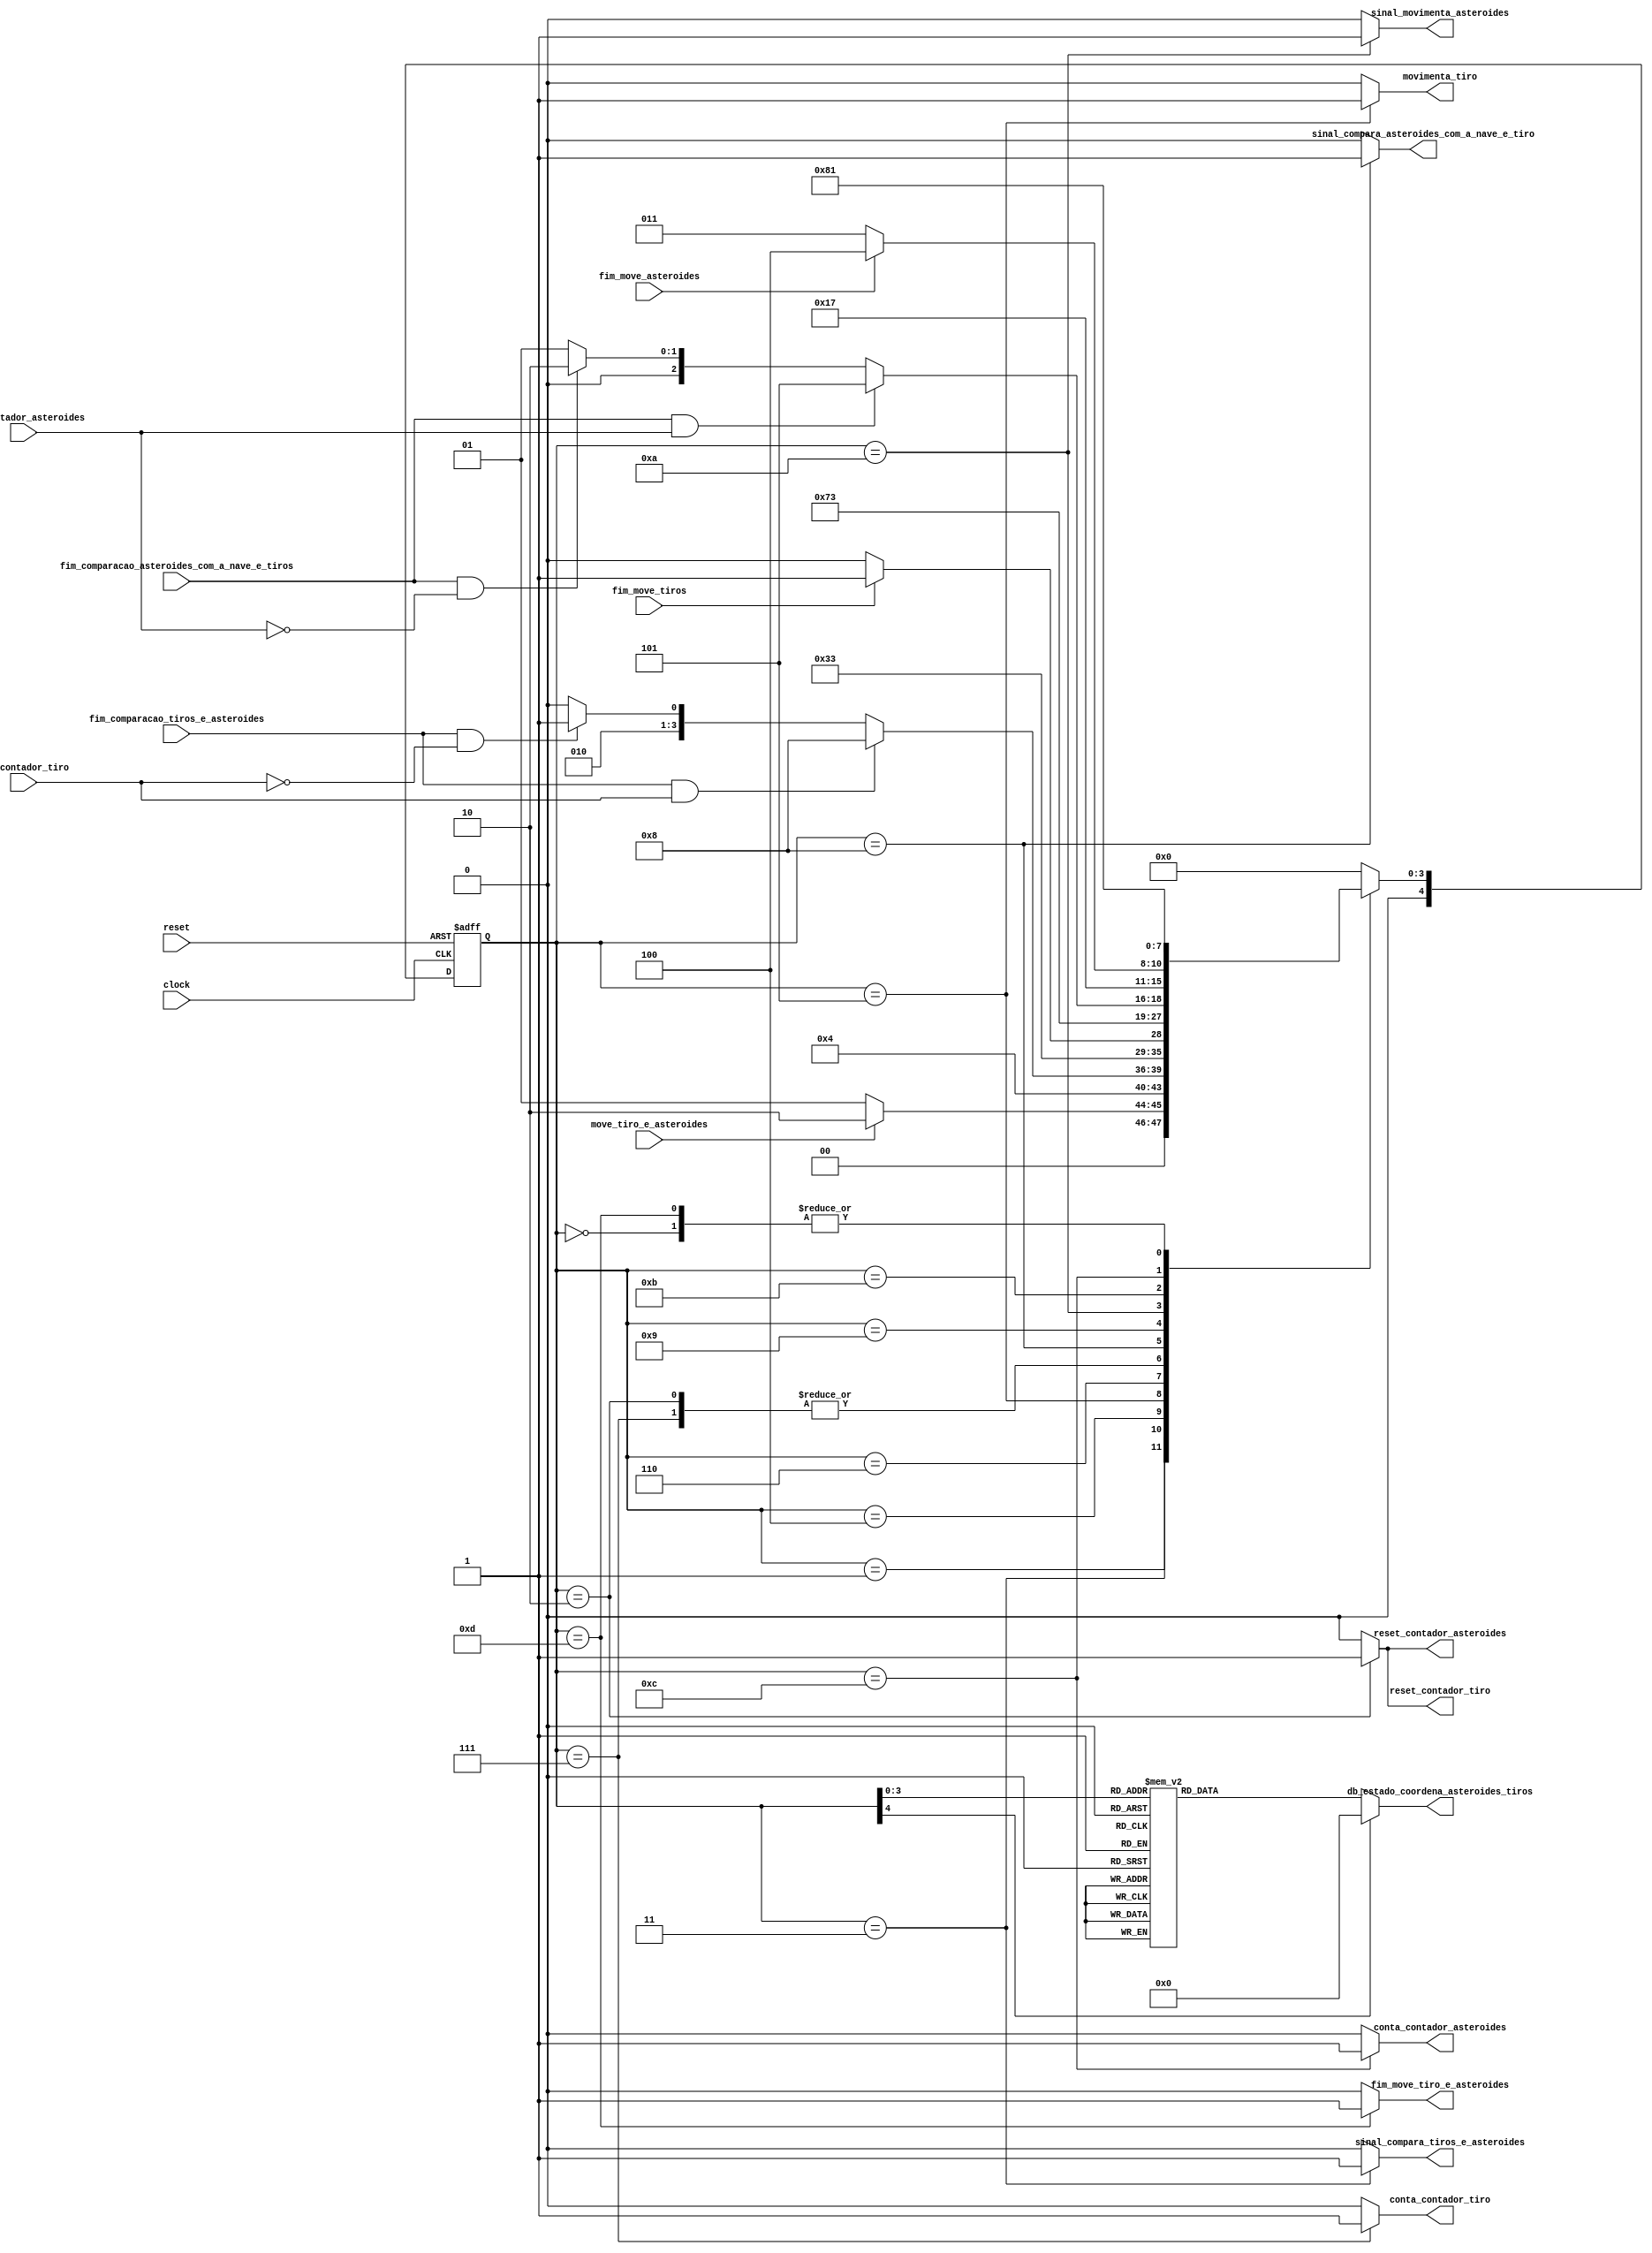
module uc_coordena_asteroides_tiros (
        input clock                    ,
        input reset                    ,
        input move_tiro_e_asteroides   , // sinal que inicia a mquina de estado
        input rco_contador_tiro        , // rco do contador (contador que conta quantas vezes as posies dos tiros sero incrementados)
        input rco_contador_asteroides  , 
        input fim_move_tiros           , // entrada que indica o fim da movimentao dos tiros
        input fim_move_asteroides      , // entrada que indica o fim da movimentao dos asteroides
        input fim_comparacao_asteroides_com_a_nave_e_tiros, // entrada que indica o fim da comparao dos tiros tiros, nave e asteroide
        input fim_comparacao_tiros_e_asteroides           , // entrada que indica o fim da comparao dos tiros tiros e asteroides
        // saidas para outras mquinas de estados de hierarquia menor 
        output reg movimenta_tiro                       , // sada que inicia a movimentao dos tiros
        output reg sinal_movimenta_asteroides                 , // sada que inicia a movimentao dos asteroides
        output reg sinal_compara_tiros_e_asteroides            , // sada que inicia a comparao dos tiros e asteroids
        output reg sinal_compara_asteroides_com_a_nave_e_tiro , // sada que inicia a comparao dos asteroids com tiros e nave
        //contadores 
        output reg conta_contador_tiro                  , // conta o contador de quantas vezes o tiro vai ser incrementado
        output reg reset_contador_tiro                  , // reset do contador de quantas vezes o tiro vai ser incrementado
        output reg conta_contador_asteroides            , // conta o contador de quantas vezes o asteroide vai ser incrementado
        output reg reset_contador_asteroides            , // reset do contador de quantas vezes o asteroide vai ser incrementado
        // saida para a mquina de estados principal
        output reg fim_move_tiro_e_asteroides,             // sinal que indica o fim da incrementao dos tiros e asteroides
        output reg [4:0] db_estado_coordena_asteroides_tiros
);

    parameter inicio                                      = 5'b00000; // 0
    parameter espera                                      = 5'b00001; // 1
    parameter reset_contadores                            = 5'b00010; // 2
    parameter compara_tiros_e_asteroides                  = 5'b00011; // 3
    parameter espera_compara_tiros_e_asteroides           = 5'b00100; // 4
    parameter move_tiros                                  = 5'b00101; // 5
    parameter espera_move_tiros                           = 5'b00110; // 6
    parameter incrementa_contador_tiros                   = 5'b00111; // 7
    parameter compara_asteroides_com_a_nave_e_tiro        = 5'b01000; // 8
    parameter espera_compara_asteroides_com_a_nave_e_tiro = 5'b01001; // 9
    parameter move_asteroides                             = 5'b01010; // 10
    parameter espera_move_asteroides                      = 5'b01011; // 11
    parameter incrementa_contador_asteroides              = 5'b01100; // 12
    parameter fim_movimentacao                            = 5'b01101; // 13
    parameter erro                                        = 5'b01111; // F


    // Variveis de estado
    reg [4:0] estado_atual, proximo_estado;

    // Memria de estado
    always @(posedge clock or posedge reset) begin
        if (reset)
            estado_atual <= inicio;
        else
            estado_atual <= proximo_estado;
    end


    // Lgica de transio de estados
    always @* begin
        case (estado_atual)
            inicio:                                      proximo_estado = espera;
            espera:                                      proximo_estado = move_tiro_e_asteroides ? reset_contadores : espera;
            reset_contadores:                            proximo_estado = compara_tiros_e_asteroides;
            compara_tiros_e_asteroides:                  proximo_estado = espera_compara_tiros_e_asteroides;
            espera_compara_tiros_e_asteroides:           proximo_estado = (fim_comparacao_tiros_e_asteroides && rco_contador_tiro) ? compara_asteroides_com_a_nave_e_tiro :
                                                                          (fim_comparacao_tiros_e_asteroides && ~rco_contador_tiro) ? move_tiros : espera_compara_tiros_e_asteroides;
            move_tiros:                                  proximo_estado = espera_move_tiros;
            espera_move_tiros:                           proximo_estado = fim_move_tiros ? incrementa_contador_tiros : espera_move_tiros;
            incrementa_contador_tiros:                   proximo_estado = compara_tiros_e_asteroides;
            compara_asteroides_com_a_nave_e_tiro:        proximo_estado = espera_compara_asteroides_com_a_nave_e_tiro;
            espera_compara_asteroides_com_a_nave_e_tiro: proximo_estado = (fim_comparacao_asteroides_com_a_nave_e_tiros && rco_contador_asteroides) ? fim_movimentacao :
                                                                          (fim_comparacao_asteroides_com_a_nave_e_tiros && ~rco_contador_asteroides) ? move_asteroides :
                                                                          espera_compara_asteroides_com_a_nave_e_tiro;
            move_asteroides:                             proximo_estado = espera_move_asteroides;
            espera_move_asteroides:                      proximo_estado = fim_move_asteroides ? incrementa_contador_asteroides : espera_move_asteroides;
            incrementa_contador_asteroides:              proximo_estado = compara_asteroides_com_a_nave_e_tiro;
            fim_movimentacao:                            proximo_estado = espera;
            default:                                     proximo_estado = inicio;
        endcase
    end

    // Lgica de sada (maquina Moore)
    always @* begin
        reset_contador_tiro             =   (estado_atual == reset_contadores)               ? 1'b1 : 1'b0;
        reset_contador_asteroides       =   (estado_atual == reset_contadores)               ? 1'b1 : 1'b0;
        sinal_compara_tiros_e_asteroides=   (estado_atual == compara_tiros_e_asteroides)     ? 1'b1 : 1'b0;
        movimenta_tiro                  =   (estado_atual == move_tiros)                     ? 1'b1 : 1'b0;
        conta_contador_tiro             =   (estado_atual == incrementa_contador_tiros)      ? 1'b1 : 1'b0;
        sinal_movimenta_asteroides      =   (estado_atual == move_asteroides)                ? 1'b1 : 1'b0;
        conta_contador_asteroides       =   (estado_atual == incrementa_contador_asteroides) ? 1'b1 : 1'b0;
        fim_move_tiro_e_asteroides      =   (estado_atual == fim_movimentacao)               ? 1'b1 : 1'b0;
        sinal_compara_asteroides_com_a_nave_e_tiro = (estado_atual == compara_asteroides_com_a_nave_e_tiro) ? 1'b1 : 1'b0;


        // Sada de depurao (estado)
        case (estado_atual)
            inicio:                                      db_estado_coordena_asteroides_tiros = 5'b00000; // 0
            espera:                                      db_estado_coordena_asteroides_tiros = 5'b00001; // 1
            reset_contadores:                            db_estado_coordena_asteroides_tiros = 5'b00010; // 2
            compara_tiros_e_asteroides:                  db_estado_coordena_asteroides_tiros = 5'b00011; // 3
            espera_compara_tiros_e_asteroides:           db_estado_coordena_asteroides_tiros = 5'b00100; // 4
            move_tiros:                                  db_estado_coordena_asteroides_tiros = 5'b00101; // 5
            espera_move_tiros:                           db_estado_coordena_asteroides_tiros = 5'b00110; // 6
            incrementa_contador_tiros:                   db_estado_coordena_asteroides_tiros = 5'b00111; // 7
            compara_asteroides_com_a_nave_e_tiro:        db_estado_coordena_asteroides_tiros = 5'b01000; // 8
            espera_compara_asteroides_com_a_nave_e_tiro: db_estado_coordena_asteroides_tiros = 5'b01001; // 9
            move_asteroides:                             db_estado_coordena_asteroides_tiros = 5'b01010; // 10
            espera_move_asteroides:                      db_estado_coordena_asteroides_tiros = 5'b01011; // 11
            incrementa_contador_asteroides:              db_estado_coordena_asteroides_tiros = 5'b01100; // 12
            fim_movimentacao:                            db_estado_coordena_asteroides_tiros = 5'b01101; // 13
            erro:                                        db_estado_coordena_asteroides_tiros = 5'b01111; // F  
            default:                                     db_estado_coordena_asteroides_tiros = 5'b00000; 
        endcase
    end

endmodule